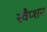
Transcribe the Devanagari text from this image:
स्वैप्शन